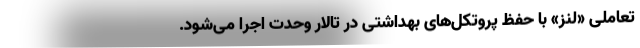
تعاملی «لنز» با حفظ پروتکل‌های بهداشتی در تالار وحدت اجرا می‌شود.